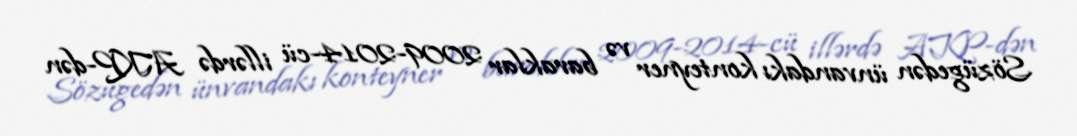
Sözügedən ünvandakı konteyner və baraklar 2009-2014-cü illərdə AKP-dən